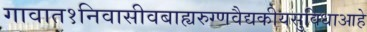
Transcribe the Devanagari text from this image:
गावात१निवासीवबाह्यरुग्णवैद्यकीयसुविधाआहे